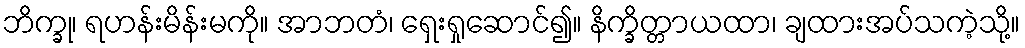
ဘိက္ခု၊ ရဟန်းမိန်းမကို။ အာဘတံ၊ ရှေးရှုဆောင်၍။ နိက္ခိတ္တာယထာ၊ ချထားအပ်သကဲ့သို့။